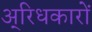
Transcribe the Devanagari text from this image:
अ्रिधकारों